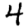
Digit: 4